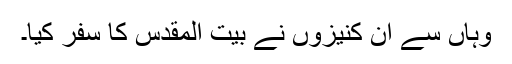
وہاں سے ان کنیزوں نے بیت المقدس کا سفر کیا۔